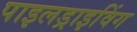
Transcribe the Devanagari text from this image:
पाइलड्राइविंग